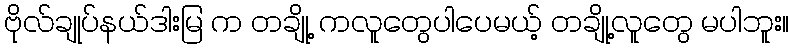
ဗိုလ်ချုပ်နယ်ဒါးမြ က တချို့ ကလူတွေပါပေမယ့် တချို့လူတွေ မပါဘူး။